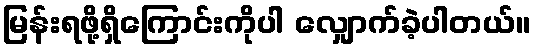
မြန်းရဖို့ရှိကြောင်းကိုပါ လျှောက်ခဲ့ပါတယ်။